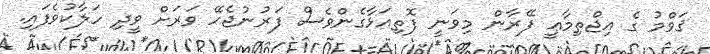
ޤަވްމު ގެ އިޖްތިމާޢީ ފޭރާން މިވަނީ ފޮތިއަޅާގެންވެސް ފަރުނުޖެހޭ ވަރަށް ވީދި ހަލާކުވެފައި.